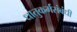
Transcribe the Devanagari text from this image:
धातुकर्मसंबंधी